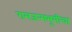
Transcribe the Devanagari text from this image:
रामजन्मभूमीचा